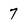
Character: 7